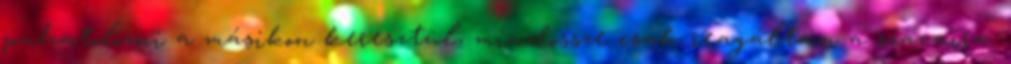
puhatolózni a másikon keresztül, mindössze csak reagáltam a szavaira.